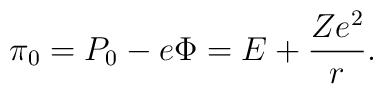
\pi _{0}=P_{0}-e\Phi =E+\frac{Ze^{2}}{r}.